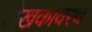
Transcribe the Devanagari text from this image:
लेखकांवरच